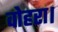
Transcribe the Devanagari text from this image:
वोहरा।